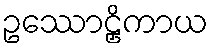
ဥဿောဠှိကာယ